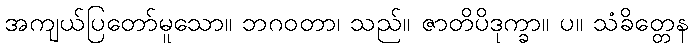
အကျယ်ပြတော်မူသော။ ဘဂဝတာ၊ သည်။ ဇာတိပိဒုက္ခာ။ ပ။ သံခိတ္တေန